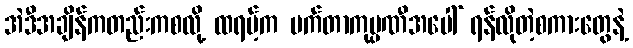
အဲဒီအချိန်ကတည်းကစလို့ ထရမ့်က မက်တာကုမ္ပဏီအပေါ် ရန်လိုတဲ့စကားတွေနဲ့